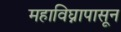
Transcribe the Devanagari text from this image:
महाविघ्नापासून